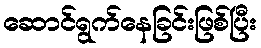
ဆောင်ရွက်နေခြင်းဖြစ်ပြီး